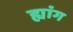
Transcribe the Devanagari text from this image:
ह्यांग